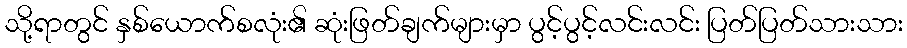
သို့ရာတွင် နှစ်ယောက်စလုံး၏ ဆုံးဖြတ်ချက်များမှာ ပွင့်ပွင့်လင်းလင်း ပြတ်ပြတ်သားသား